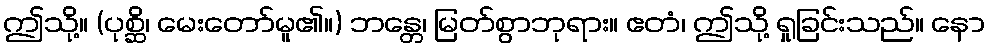
ဤသို့။ (ပုစ္ဆိ၊ မေးတော်မူ၏။) ဘန္တေ၊ မြတ်စွာဘုရား။ ဧတံ၊ ဤသို့ ရှုခြင်းသည်။ နော